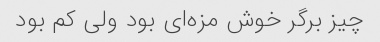
چیز برگر خوش مزه‌ای بود ولی کم بود